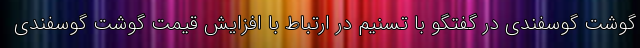
گوشت گوسفندی در گفتگو با تسنیم در ارتباط با افزایش قیمت گوشت گوسفندی